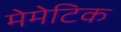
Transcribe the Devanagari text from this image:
मेमेटिक